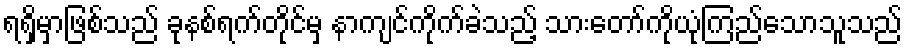
ရရှိမှာဖြစ်သည် ခုနစ်ရက်တိုင်မှ နာကျင်ကိုက်ခဲသည့် သားတော်ကိုယုံကြည်သောသူသည်